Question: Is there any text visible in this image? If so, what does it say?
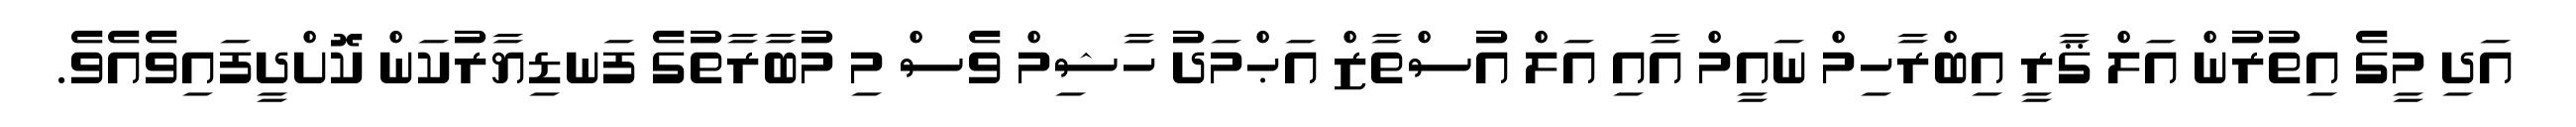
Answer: އަދި މީގެ އިތުރުން އަލް ޤާރީ އިބްރާހިމް ނައީމް އާއި އަލް އުސްތާޒް އަޙްމަދު ހާޝިމް ވެސް މި މުބާރާތުގެ ފަނޑިޔާރުކަން ކޮށްދީފައިވެއެވެ.